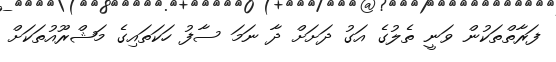
ފަރާތްތަކުން ވަނީ ތެލުގެ އަގު ދަށަށް ދާ ނަމަ ސާފު ހަކަތައިގެ މަޝްރޫއުތަކަށް